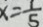
x = \frac { 1 } { 5 }